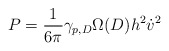
\begin{align*}P = \frac{1}{6 \pi}\gamma_{p,D} \Omega(D) h^2 \dot{v}^2\end{align*}